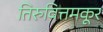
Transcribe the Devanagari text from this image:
तिरुवित्तमकूर